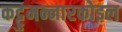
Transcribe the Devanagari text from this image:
कट्टुमन्नारकोइल